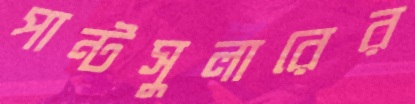
পান্টসুলারের